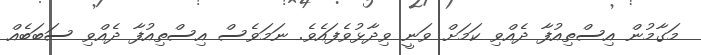
މަގާމުން އިސްތިއުފާ ދެއްވި ކަމަށް ވަނީ ވިދާޅުވެފައެވެ. ނަމަވެސް އިސްތިއުފާ ދެއްވި ސަބަބެއް